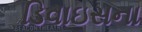
ડિવાઇસના